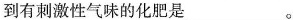
到有刺激性气味的化肥是___。